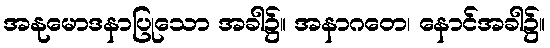
အနုမောဒနာပြုသော အခါ၌။ အနာဂတေ၊ နောင်အခါ၌။